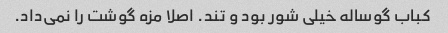
کباب گوساله خیلی شور بود و تند. اصلا مزه گوشت را نمی‌داد.